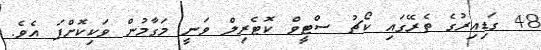
48 ގަޑިއިރުގެ ތެރޭގައި ކޯޗު ސްޓީވް ކޮޓެރިލް ވަނީ މަގާމުން ވަކިކޮށްފަ އެވެ.